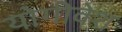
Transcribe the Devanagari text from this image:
योगीवेश